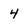
Character: 4